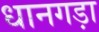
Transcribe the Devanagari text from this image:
धानगड़ा